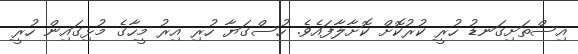
އިސްތަށިގަނޑު ހުރީ ކުރުކޮށް ކޮށާލާފައެވެ. ހުސްގަޔާ ހުރި އިރު މީހާގެ މުޅިގައިން ހުރީ